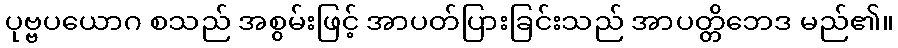
ပုဗ္ဗပယောဂ စသည် အစွမ်းဖြင့် အာပတ်ပြားခြင်းသည် အာပတ္တိဘေဒ မည်၏။